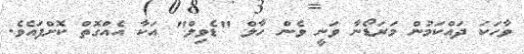
ވާހަކަ ދައްކަމުން މަރަަޑޯނާ ވަނީ ވެން ހާލް "ޑެވިލް" އަކާ އެއްގޮތް ކޮށްފައެވެ.